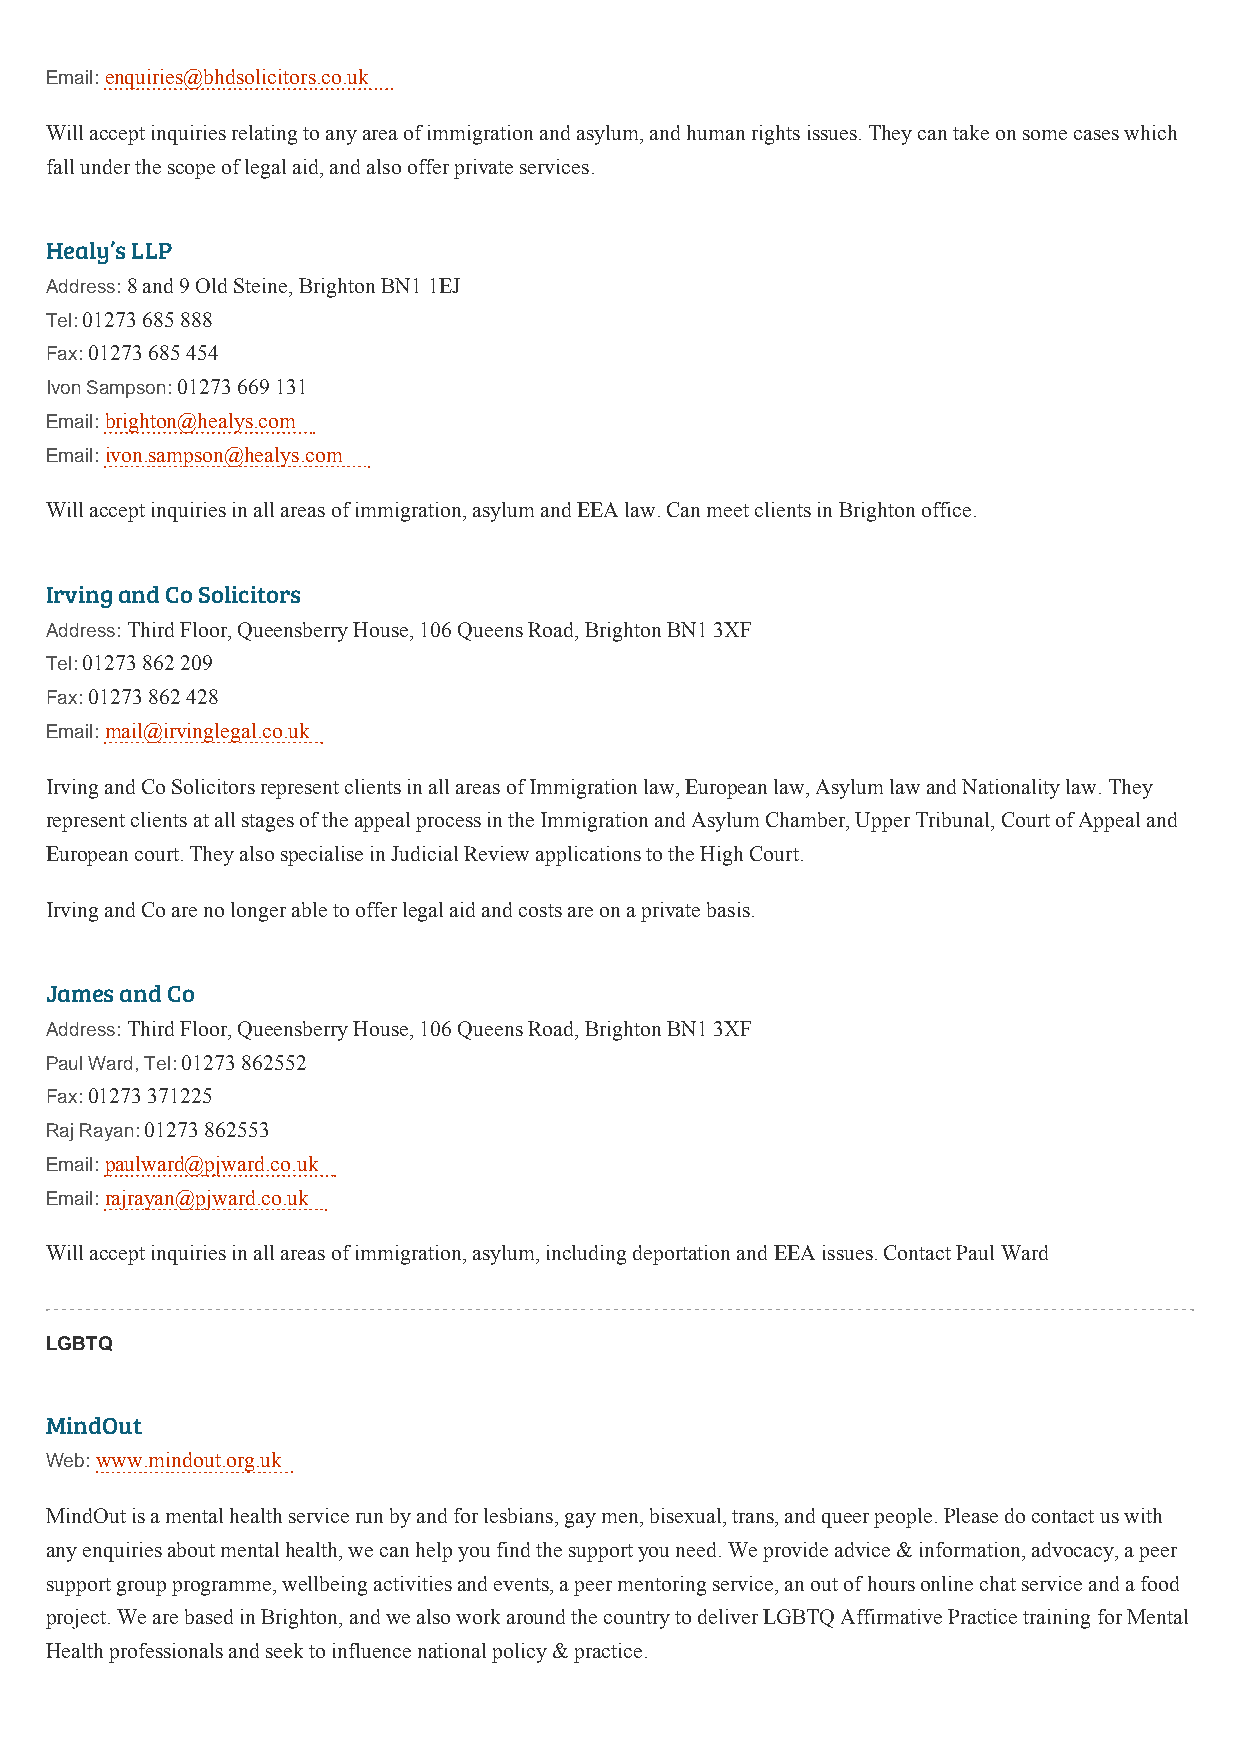
Email: enquiries@bhdsolicitors.co.uk
 Will accept inquiries relating to any area of immigration and asylum, and human rights issues. They can take on some cases which
 fall under the scope of legal aid, and also offer private services.
 Healy’s LLP
 Address: 8 and 9 Old Steine, Brighton BN1 1EJ
 Tel: 01273 685 888
 Fax: 01273 685 454
 Ivon Sampson: 01273 669 131
 Email: brighton@healys.com
 Email: ivon.sampson@healys.com
 Will accept inquiries in all areas of immigration, asylum and EEA law. Can meet clients in Brighton office.
 Irving and Co Solicitors
 Address: Third Floor, Queensberry House, 106 Queens Road, Brighton BN1 3XF
 Tel: 01273 862 209
 Fax: 01273 862 428
 Email: mail@irvinglegal.co.uk
 Irving and Co Solicitors represent clients in all areas of Immigration law, European law, Asylum law and Nationality law. They
 represent clients at all stages of the appeal process in the Immigration and Asylum Chamber, Upper Tribunal, Court of Appeal and
 European court. They also specialise in Judicial Review applications to the High Court.
 Irving and Co are no longer able to offer legal aid and costs are on a private basis.
 James and Co
 Address: Third Floor, Queensberry House, 106 Queens Road, Brighton BN1 3XF
 Paul Ward, Tel: 01273 862552
 Fax: 01273 371225
 Raj Rayan: 01273 862553
 Email: paulward@pjward.co.uk
 Email: rajrayan@pjward.co.uk
 Will accept inquiries in all areas of immigration, asylum, including deportation and EEA issues. Contact Paul Ward
 LGBTQ
 MindOut
 Web: www.mindout.org.uk
 MindOut is a mental health service run by and for lesbians, gay men, bisexual, trans, and queer people. Please do contact us with
 any enquiries about mental health, we can help you find the support you need. We provide advice & information, advocacy, a peer
 support group programme, wellbeing activities and events, a peer mentoring service, an out of hours online chat service and a food
 project. We are based in Brighton, and we also work around the country to deliver LGBTQ Affirmative Practice training for Mental
 Health professionals and seek to influence national policy & practice.